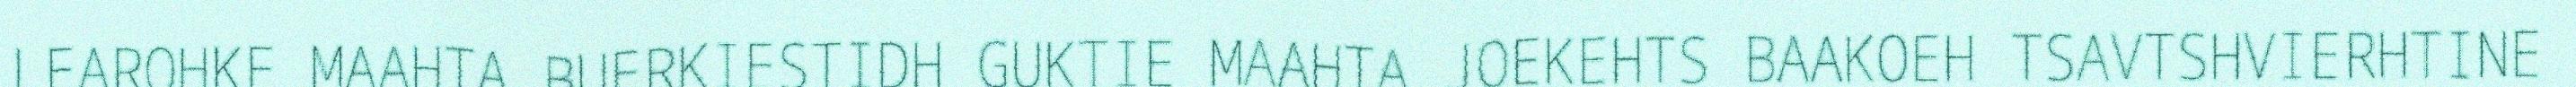
LEAROHKE MAAHTA BUERKIESTIDH GUKTIE MAAHTA JOEKEHTS BAAKOEH TSAVTSHVIERHTINE